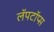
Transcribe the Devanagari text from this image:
लॅपटॉप्स